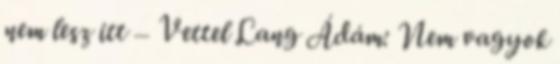
nem lesz itt – Vettel Lang Ádám: Nem vagyok